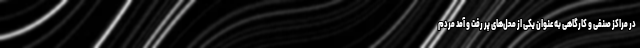
در مراکز صنفی و کارگاهی به عنوان یکی از محل‌های پر رفت و آمد مردم